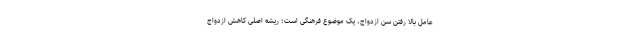
عامل بالا رفتن سن ازدواج، یک موضوع فرهنگی است؛ ریشه اصلی کاهش ازدواج